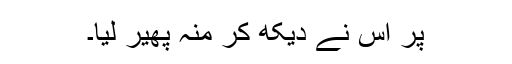
پر اس نے دیکھ کر منہ پھیر لیا۔